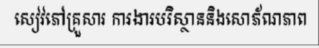
សៀវភៅគ្រួសារ ការងារបរិស្ថាននិងសោភ័ណភាព